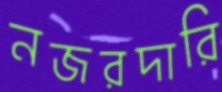
নজরদারি